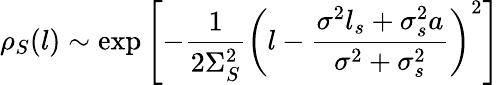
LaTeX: \rho_{S}(l)\sim\exp\left[-\frac{1}{2\Sigma_{S}^{2}}\left(l-\frac{\sigma^{2}l_{s}+\sigma_{s}^{2}a}{\sigma^{2}+\sigma_{s}^{2}}\right)^{2}\right]